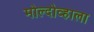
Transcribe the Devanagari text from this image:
मोल्दोव्हाला